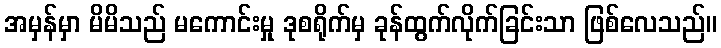
အမှန်မှာ မိမိသည် မကောင်းမှု ဒုစရိုက်မှ ခုန်ထွက်လိုက်ခြင်းသာ ဖြစ်လေသည်။